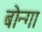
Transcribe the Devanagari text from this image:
बोन्‍गा